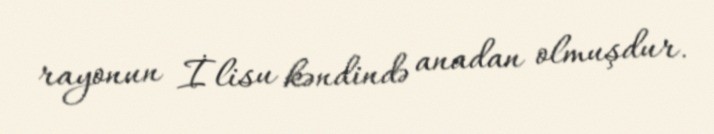
rayonun İlisu kəndində anadan olmuşdur.